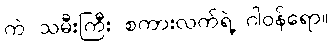
ကဲ သမီးကြီး စကားလက်ရဲ့ ဂါဝန်ရော။